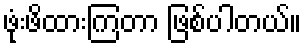
ဖုံးဖိထားကြတာ ဖြစ်ပါတယ်။